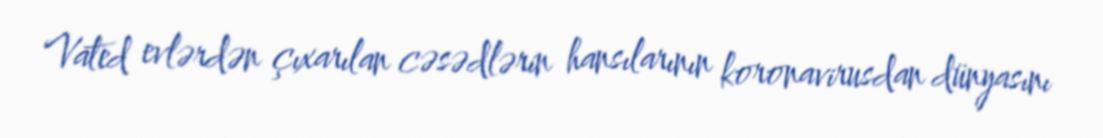
Vated evlərdən çıxarılan cəsədlərin hansılarının koronavirusdan dünyasını